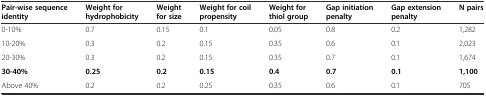
| Pair-wise sequence identity | Weight for hydrophobicity | Weight for size | Weight for coil propensity | Weight for thiol group | Gap initiation penalty | Gap extension penalty | N pairs |
 | --- | --- | --- | --- | --- | --- | --- | --- |
 | 0-10% | 0.7 | 0.15 | 0.1 | 0.05 | 0.8 | 0.2 | 1,282 |
 | 10-20% | 0.3 | 0.2 | 0.15 | 0.35 | 0.6 | 0.1 | 2,023 |
 | 20-30% | 0.3 | 0.2 | 0.15 | 0.35 | 0.7 | 0.1 | 1,674 |
 | 30-40% | 0.25 | 0.2 | 0.15 | 0.4 | 0.7 | 0.1 | 1,100 |
 | Above 40% | 0.2 | 0.2 | 0.25 | 0.35 | 0.6 | 0.1 | 705 |